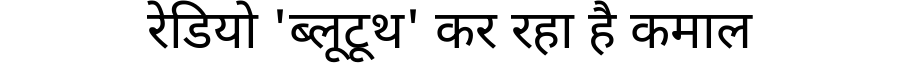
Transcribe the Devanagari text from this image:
रेडियो 'ब्लूटूथ' कर रहा है कमाल